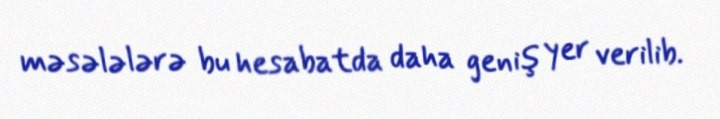
məsələlərə bu hesabatda daha geniş yer verilib.